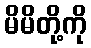
မိမိတို့ကို